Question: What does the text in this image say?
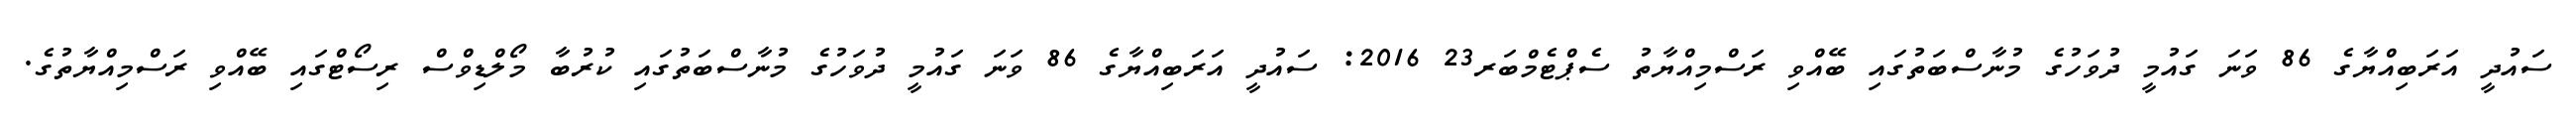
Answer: ސައުދީ އަރަބިއްޔާގެ 86 ވަނަ ގައުމީ ދުވަހުގެ މުނާސްބަތުގައި ބޭއްވި ރަސްމިއްޔާތު ސެޕްޓެމްބަރ23 2016: ސައުދީ އަރަބިއްޔާގެ 86 ވަނަ ގައުމީ ދުވަހުގެ މުނާސްބަތުގައި ކުރުބާ މޯލްޑިވްސް ރިސޯޓްގައި ބޭއްވި ރަސްމިއްޔާތުގެ.